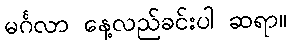
မင်္ဂလာ နေ့လည်ခင်းပါ ဆရာ။